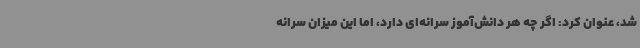
شد، عنوان کرد: اگر چه هر دانش‌آموز سرانه‌ای دارد، اما این میزان سرانه